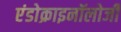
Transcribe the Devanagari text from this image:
एंडोक्राइनॉलोजी